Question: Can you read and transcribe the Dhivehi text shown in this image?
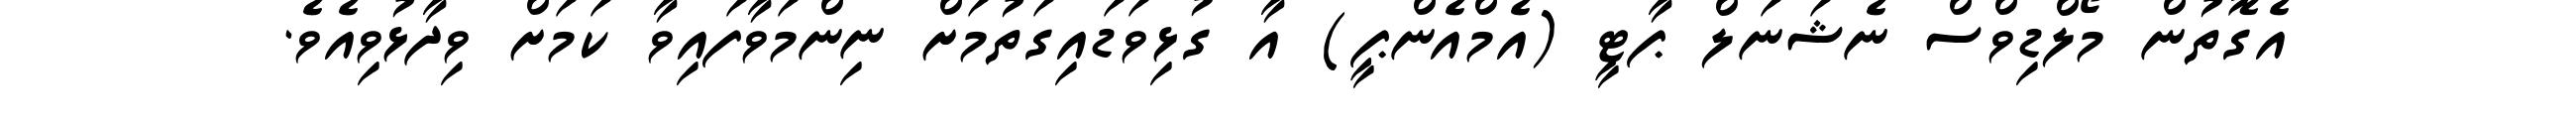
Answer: އެގޮތުން މޯލްޑިވްސް ނެޝަނަލް ޕާޓީ (އެމްއެންޕީ) އާ ގުޅިވަޑައިގަތުމަށް ނިންމަވާފައިވާ ކަމަށް ވިދާޅުވިއެވެ.